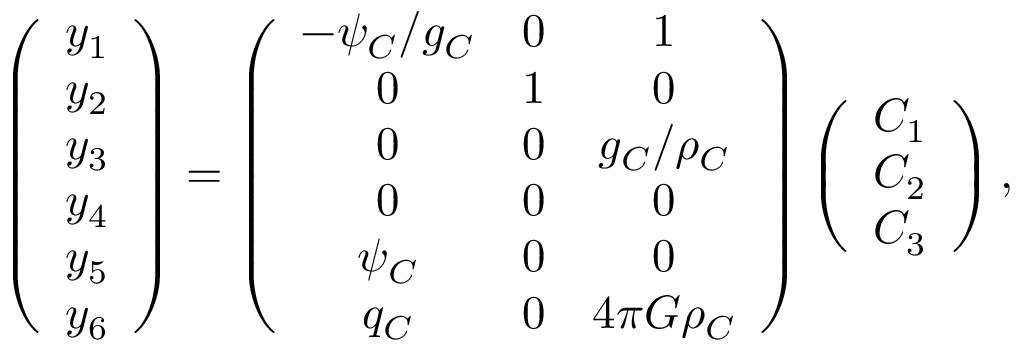
\left( \begin{array} { c } { y _ { 1 } } \\ { y _ { 2 } } \\ { y _ { 3 } } \\ { y _ { 4 } } \\ { y _ { 5 } } \\ { y _ { 6 } } \end{array} \right) = \left( \begin{array} { c c c } { - \psi _ { C } / g _ { C } } & { 0 } & { 1 } \\ { 0 } & { 1 } & { 0 } \\ { 0 } & { 0 } & { g _ { C } / \rho _ { C } } \\ { 0 } & { 0 } & { 0 } \\ { \psi _ { C } } & { 0 } & { 0 } \\ { q _ { C } } & { 0 } & { 4 \pi G \rho _ { C } } \end{array} \right) \left( \begin{array} { c } { C _ { 1 } } \\ { C _ { 2 } } \\ { C _ { 3 } } \end{array} \right) ,